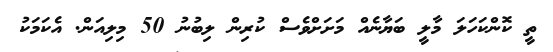
ތީ ކޮންކަހަލަ މާލީ ބަޔާނެއް މަށަށްވެސް ކުރިން ލިބުނު 50 މިލިއަން. އެކަމަކު